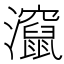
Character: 𬉬